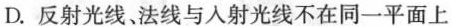
D.反射光线、法线与入射光线不在同一平面上